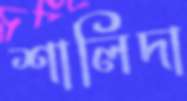
শালিদা